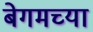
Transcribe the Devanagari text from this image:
बेगमच्या